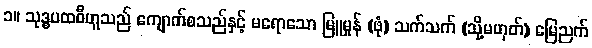
၁။ သုဒ္ဓပထဝီဟူသည် ကျောက်စသည်နှင့် မရောသော မြူမှုန် (ဖုံ) သက်သက် (သို့မဟုတ်) မြေညက်